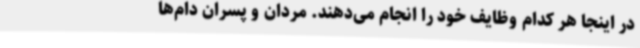
در اینجا هر کدام وظایف خود را انجام می‌دهند. مردان و پسران دام‌ها